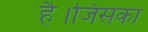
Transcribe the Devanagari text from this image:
है।जिसका